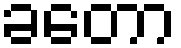
ခတော